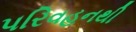
પરિવહનથી